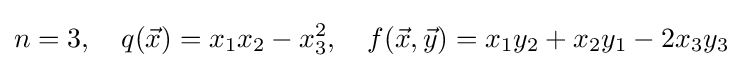
n=3,\quad q({\vec {x}})=x_{1}x_{2}-x_{3}^{2},\quad f({\vec {x}},{\vec {y}})=x_{1}y_{2}+x_{2}y_{1}-2x_{3}y_{3}\;